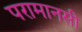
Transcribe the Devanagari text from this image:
परामानसी